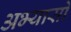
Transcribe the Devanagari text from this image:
अभ्यासो